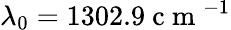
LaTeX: \lambda_{0}=1302.9\mathrm{~c~m~}^{-1}